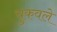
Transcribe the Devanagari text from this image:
चुकवले